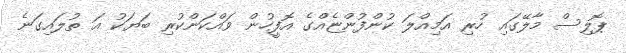
ޕޮލިސް މާލޭގައި ހުރި އަމިއްލަ ކުންފުންޏެއްގެ އޮފީހުން ވައްކަންކުރި ބަޔަކު އަ ތުލައިގަނެ